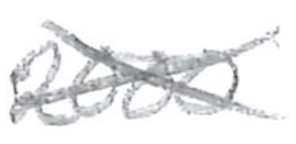
Text: 2000
Cross-out: cross
Writing tool: pencil